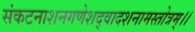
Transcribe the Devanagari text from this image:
संकटनाशनगणेशद्वादशनामस्तोत्रम्।।